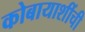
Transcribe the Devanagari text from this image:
कोबायाशींची